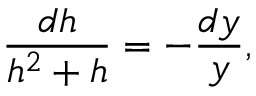
\frac { d h } { h ^ { 2 } + h } = - \frac { d y } { y } ,